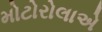
મોટોરોલાએ